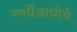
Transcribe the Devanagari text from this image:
स्पर्धैआधीचे